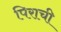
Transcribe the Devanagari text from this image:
पिराची